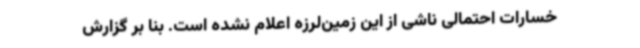
خسارات احتمالی ناشی از این زمین‌لرزه اعلام نشده است. بنا بر گزارش